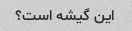
این گیشه است؟